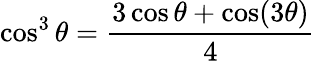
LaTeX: \cos^{3}\theta={\frac{3\cos\theta+\cos(3\theta)}{4}}